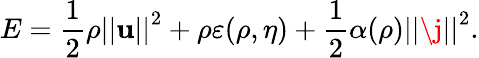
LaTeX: E=\frac{1}{2}\rho\left\vert\left\vert\mathbf{u}\right\vert\right\vert^{2}+\rho\varepsilon(\rho,\eta)+\frac{1}{2}\alpha(\rho)\left\vert\left\vert\j\right\vert\right\vert^{2}.